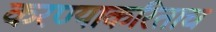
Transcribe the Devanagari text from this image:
करण्याकरिताच